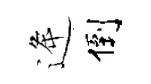
逄倒